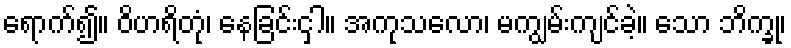
ရောက်၍။ ဝိဟရိတုံ၊ နေခြင်းငှါ။ အကုသလော၊ မကျွမ်းကျင်ခဲ့။ သော ဘိက္ခု၊